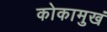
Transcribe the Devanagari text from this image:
कोकामुखं